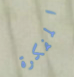
المفكرة